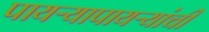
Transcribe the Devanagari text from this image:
पायऱ्यापायऱ्यांची